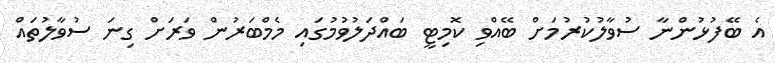
އެ ބޭފުޅުންނާ ސުވާލުކުރުމަށް ބޭއްވި ކޮމިޓީ ބައްދަލުވުމުގައި މެމްބަރުން ވަރަށް ގިނަ ސުވާލުތައް